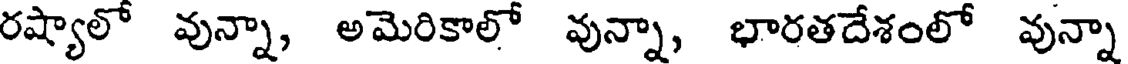
రష్యాలో వున్నా, అమెరికాలో వున్నా, భారతదేశంలో వున్నా